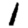
Digit: 1